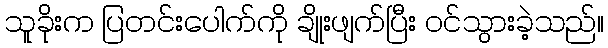
သူခိုးက ပြတင်းပေါက်ကို ချိုးဖျက်ပြီး ဝင်သွားခဲ့သည်။